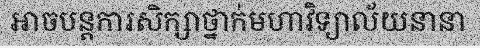
អាចបន្តការសិក្សាថ្នាក់មហាវិទ្យាល័យនានា